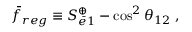
\bar { f } _ { r e g } \equiv S _ { \bar { e } 1 } ^ { \oplus } - \cos ^ { 2 } \theta _ { 1 2 } ~ ,